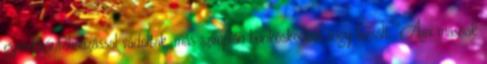
gyerekbántalmazással vádoltak, más szimplán bunkóskodott vagy lazsált. "Ami másnak